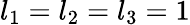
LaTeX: l_{1}=l_{2}=l_{3}=1